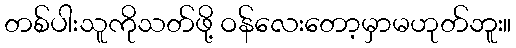
တစ်ပါးသူကိုသတ်ဖို့ ဝန်လေးတော့မှာမဟုတ်ဘူး။